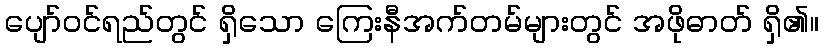
ပျော်ဝင်ရည်တွင် ရှိသော ကြေးနီအက်တမ်များတွင် အဖိုဓာတ် ရှိ၏။